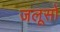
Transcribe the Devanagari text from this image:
जलूसों